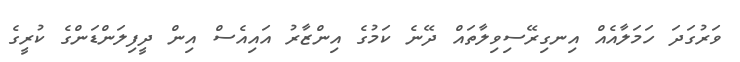
ވަރުގަދަ ހަމަލާއެއް އިނގިރޭސިވިލާތައް ދޭނެ ކަމުގެ އިންޒާރު އައިއެސް އިން ދީފިލަންޑަންގެ ކުރީގެ